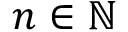
n \in \mathbb { N }